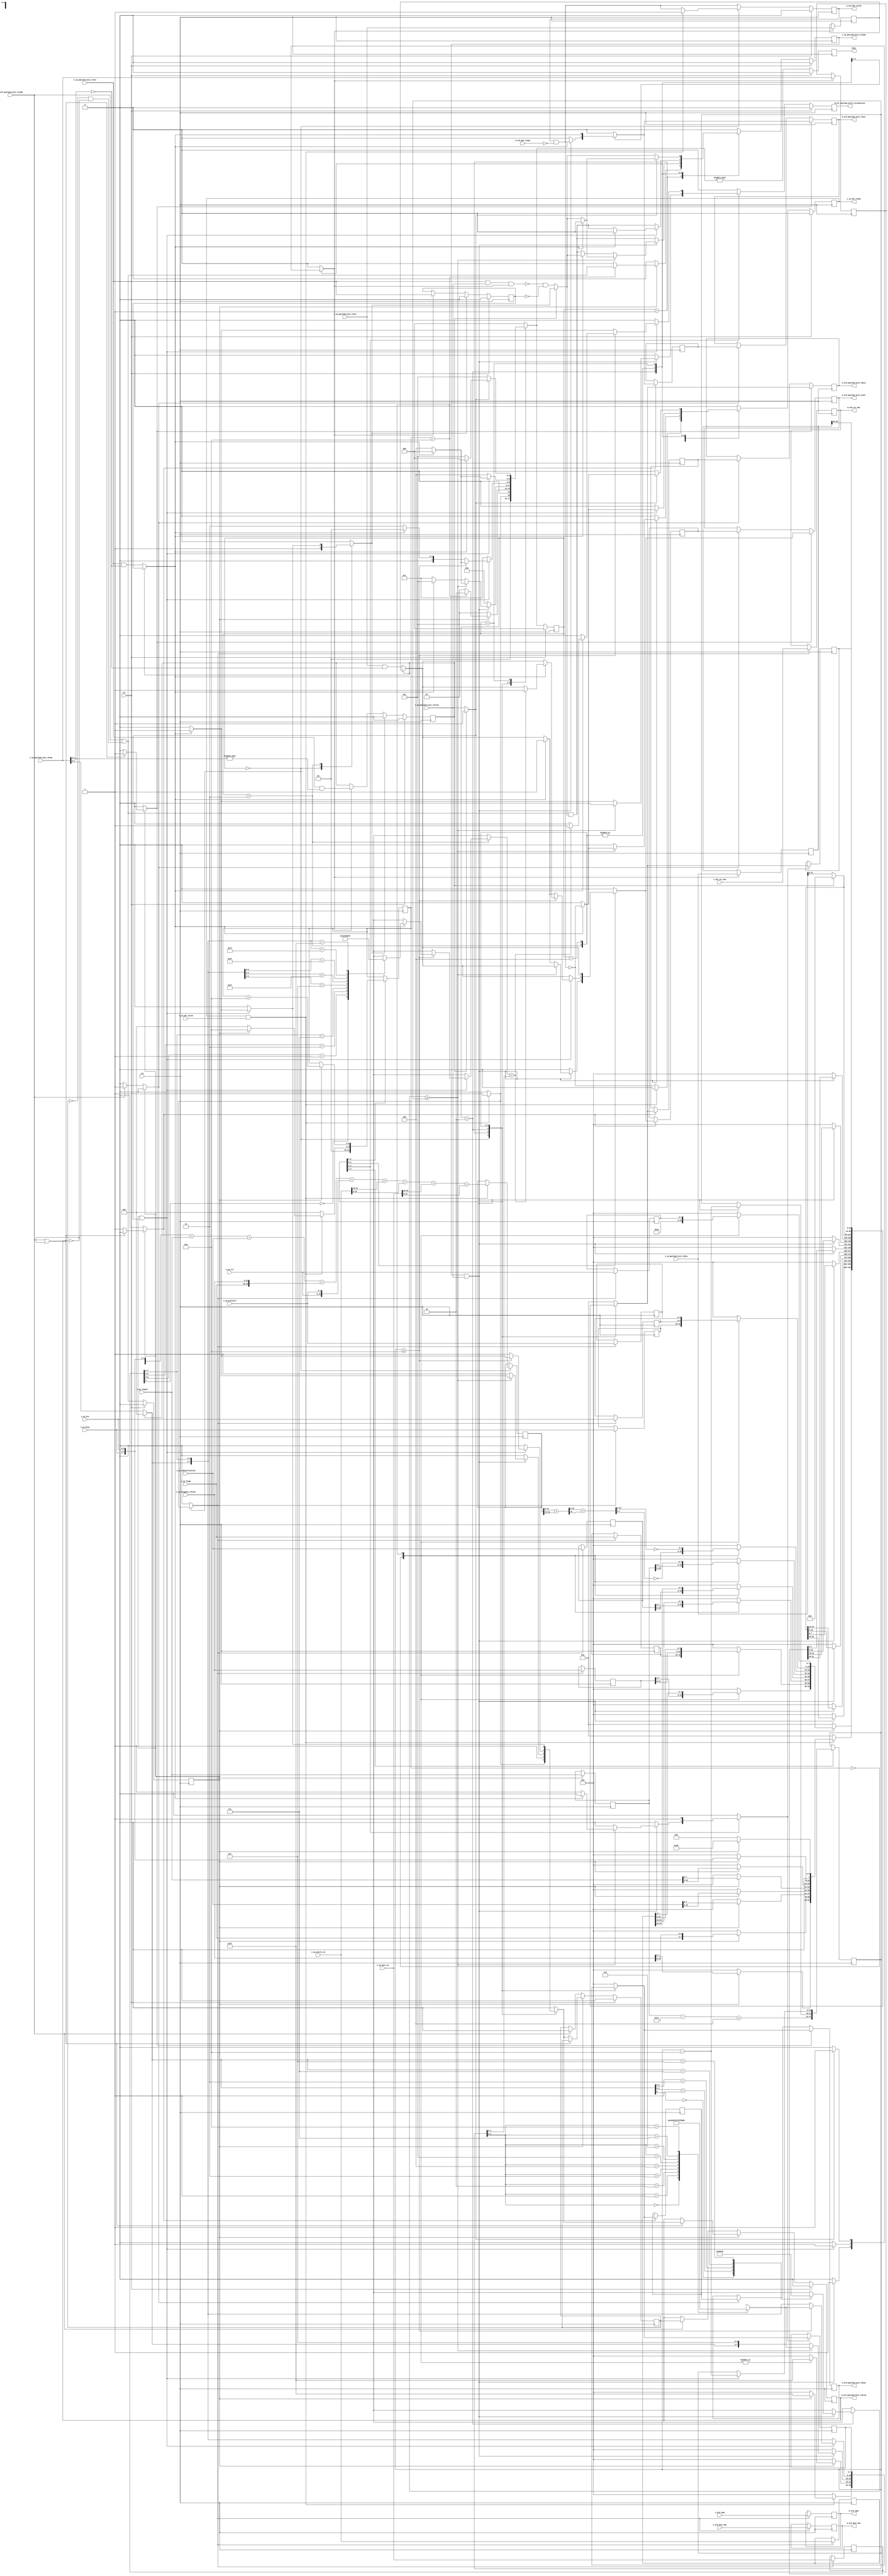
/*

Copyright (c) 2014-2018 Alex Forencich

Permission is hereby granted, free of charge, to any person obtaining a copy
of this software and associated documentation files (the "Software"), to deal
in the Software without restriction, including without limitation the rights
to use, copy, modify, merge, publish, distribute, sublicense, and/or sell
copies of the Software, and to permit persons to whom the Software is
furnished to do so, subject to the following conditions:

The above copyright notice and this permission notice shall be included in
all copies or substantial portions of the Software.

THE SOFTWARE IS PROVIDED "AS IS", WITHOUT WARRANTY OF ANY KIND, EXPRESS OR
IMPLIED, INCLUDING BUT NOT LIMITED TO THE WARRANTIES OF MERCHANTABILITY
FITNESS FOR A PARTICULAR PURPOSE AND NONINFRINGEMENT. IN NO EVENT SHALL THE
AUTHORS OR COPYRIGHT HOLDERS BE LIABLE FOR ANY CLAIM, DAMAGES OR OTHER
LIABILITY, WHETHER IN AN ACTION OF CONTRACT, TORT OR OTHERWISE, ARISING FROM,
OUT OF OR IN CONNECTION WITH THE SOFTWARE OR THE USE OR OTHER DEALINGS IN
THE SOFTWARE.

*/

// Language: Verilog 2001

`resetall
`timescale 1ns / 1ps
`default_nettype none

/*
 * IP ethernet frame transmitter (IP frame in, Ethernet frame out, 64 bit datapath)
 */
module ip_eth_tx_64
(
    input  wire        clk,
    input  wire        rst,

    /*
     * IP frame input
     */
    input  wire        s_ip_hdr_valid,
    output wire        s_ip_hdr_ready,
    input  wire [47:0] s_eth_dest_mac,
    input  wire [47:0] s_eth_src_mac,
    input  wire [15:0] s_eth_type,
    input  wire [5:0]  s_ip_dscp,
    input  wire [1:0]  s_ip_ecn,
    input  wire [15:0] s_ip_length,
    input  wire [15:0] s_ip_identification,
    input  wire [2:0]  s_ip_flags,
    input  wire [12:0] s_ip_fragment_offset,
    input  wire [7:0]  s_ip_ttl,
    input  wire [7:0]  s_ip_protocol,
    input  wire [31:0] s_ip_source_ip,
    input  wire [31:0] s_ip_dest_ip,
    input  wire [63:0] s_ip_payload_axis_tdata,
    input  wire [7:0]  s_ip_payload_axis_tkeep,
    input  wire        s_ip_payload_axis_tvalid,
    output wire        s_ip_payload_axis_tready,
    input  wire        s_ip_payload_axis_tlast,
    input  wire        s_ip_payload_axis_tuser,

    /*
     * Ethernet frame output
     */
    output wire        m_eth_hdr_valid,
    input  wire        m_eth_hdr_ready,
    output wire [47:0] m_eth_dest_mac,
    output wire [47:0] m_eth_src_mac,
    output wire [15:0] m_eth_type,
    output wire [63:0] m_eth_payload_axis_tdata,
    output wire [7:0]  m_eth_payload_axis_tkeep,
    output wire        m_eth_payload_axis_tvalid,
    input  wire        m_eth_payload_axis_tready,
    output wire        m_eth_payload_axis_tlast,
    output wire        m_eth_payload_axis_tuser,

    /*
     * Status signals
     */
    output wire        busy,
    output wire        error_payload_early_termination
);

/*

IP Frame

 Field                       Length
 Destination MAC address     6 octets
 Source MAC address          6 octets
 Ethertype (0x0800)          2 octets
 Version (4)                 4 bits
 IHL (5-15)                  4 bits
 DSCP (0)                    6 bits
 ECN (0)                     2 bits
 length                      2 octets
 identification (0?)         2 octets
 flags (010)                 3 bits
 fragment offset (0)         13 bits
 time to live (64?)          1 octet
 protocol                    1 octet
 header checksum             2 octets
 source IP                   4 octets
 destination IP              4 octets
 options                     (IHL-5)*4 octets
 payload                     length octets

This module receives an IP frame with header fields in parallel along with the
payload in an AXI stream, combines the header with the payload, passes through
the Ethernet headers, and transmits the complete Ethernet payload on an AXI
interface.

*/

localparam [2:0]
    STATE_IDLE = 3'd0,
    STATE_WRITE_HEADER = 3'd1,
    STATE_WRITE_HEADER_LAST = 3'd2,
    STATE_WRITE_PAYLOAD = 3'd3,
    STATE_WRITE_PAYLOAD_LAST = 3'd4,
    STATE_WAIT_LAST = 3'd5;

reg [2:0] state_reg = STATE_IDLE, state_next;

// datapath control signals
reg store_ip_hdr;
reg store_last_word;

reg [5:0] hdr_ptr_reg = 6'd0, hdr_ptr_next;
reg [15:0] word_count_reg = 16'd0, word_count_next;

reg flush_save;
reg transfer_in_save;

reg [19:0] hdr_sum_temp;
reg [19:0] hdr_sum_reg = 20'd0, hdr_sum_next;

reg [63:0] last_word_data_reg = 64'd0;
reg [7:0] last_word_keep_reg = 8'd0;

reg [5:0] ip_dscp_reg = 6'd0;
reg [1:0] ip_ecn_reg = 2'd0;
reg [15:0] ip_length_reg = 16'd0;
reg [15:0] ip_identification_reg = 16'd0;
reg [2:0] ip_flags_reg = 3'd0;
reg [12:0] ip_fragment_offset_reg = 13'd0;
reg [7:0] ip_ttl_reg = 8'd0;
reg [7:0] ip_protocol_reg = 8'd0;
reg [31:0] ip_source_ip_reg = 32'd0;
reg [31:0] ip_dest_ip_reg = 32'd0;

reg s_ip_hdr_ready_reg = 1'b0, s_ip_hdr_ready_next;
reg s_ip_payload_axis_tready_reg = 1'b0, s_ip_payload_axis_tready_next;

reg m_eth_hdr_valid_reg = 1'b0, m_eth_hdr_valid_next;
reg [47:0] m_eth_dest_mac_reg = 48'd0;
reg [47:0] m_eth_src_mac_reg = 48'd0;
reg [15:0] m_eth_type_reg = 16'd0;

reg busy_reg = 1'b0;
reg error_payload_early_termination_reg = 1'b0, error_payload_early_termination_next;

reg [63:0] save_ip_payload_axis_tdata_reg = 64'd0;
reg [7:0] save_ip_payload_axis_tkeep_reg = 8'd0;
reg save_ip_payload_axis_tlast_reg = 1'b0;
reg save_ip_payload_axis_tuser_reg = 1'b0;

reg [63:0] shift_ip_payload_axis_tdata;
reg [7:0] shift_ip_payload_axis_tkeep;
reg shift_ip_payload_axis_tvalid;
reg shift_ip_payload_axis_tlast;
reg shift_ip_payload_axis_tuser;
reg shift_ip_payload_s_tready;
reg shift_ip_payload_extra_cycle_reg = 1'b0;

// internal datapath
reg [63:0] m_eth_payload_axis_tdata_int;
reg [7:0]  m_eth_payload_axis_tkeep_int;
reg        m_eth_payload_axis_tvalid_int;
reg        m_eth_payload_axis_tready_int_reg = 1'b0;
reg        m_eth_payload_axis_tlast_int;
reg        m_eth_payload_axis_tuser_int;
wire       m_eth_payload_axis_tready_int_early;

assign s_ip_hdr_ready = s_ip_hdr_ready_reg;
assign s_ip_payload_axis_tready = s_ip_payload_axis_tready_reg;

assign m_eth_hdr_valid = m_eth_hdr_valid_reg;
assign m_eth_dest_mac = m_eth_dest_mac_reg;
assign m_eth_src_mac = m_eth_src_mac_reg;
assign m_eth_type = m_eth_type_reg;

assign busy = busy_reg;
assign error_payload_early_termination = error_payload_early_termination_reg;

function [3:0] keep2count;
    input [7:0] k;
    casez (k)
        8'bzzzzzzz0: keep2count = 4'd0;
        8'bzzzzzz01: keep2count = 4'd1;
        8'bzzzzz011: keep2count = 4'd2;
        8'bzzzz0111: keep2count = 4'd3;
        8'bzzz01111: keep2count = 4'd4;
        8'bzz011111: keep2count = 4'd5;
        8'bz0111111: keep2count = 4'd6;
        8'b01111111: keep2count = 4'd7;
        8'b11111111: keep2count = 4'd8;
    endcase
endfunction

function [7:0] count2keep;
    input [3:0] k;
    case (k)
        4'd0: count2keep = 8'b00000000;
        4'd1: count2keep = 8'b00000001;
        4'd2: count2keep = 8'b00000011;
        4'd3: count2keep = 8'b00000111;
        4'd4: count2keep = 8'b00001111;
        4'd5: count2keep = 8'b00011111;
        4'd6: count2keep = 8'b00111111;
        4'd7: count2keep = 8'b01111111;
        4'd8: count2keep = 8'b11111111;
    endcase
endfunction

always @* begin
    shift_ip_payload_axis_tdata[31:0] = save_ip_payload_axis_tdata_reg[63:32];
    shift_ip_payload_axis_tkeep[3:0] = save_ip_payload_axis_tkeep_reg[7:4];

    if (shift_ip_payload_extra_cycle_reg) begin
        shift_ip_payload_axis_tdata[63:32] = 32'd0;
        shift_ip_payload_axis_tkeep[7:4] = 4'd0;
        shift_ip_payload_axis_tvalid = 1'b1;
        shift_ip_payload_axis_tlast = save_ip_payload_axis_tlast_reg;
        shift_ip_payload_axis_tuser = save_ip_payload_axis_tuser_reg;
        shift_ip_payload_s_tready = flush_save;
    end else begin
        shift_ip_payload_axis_tdata[63:32] = s_ip_payload_axis_tdata[31:0];
        shift_ip_payload_axis_tkeep[7:4] = s_ip_payload_axis_tkeep[3:0];
        shift_ip_payload_axis_tvalid = s_ip_payload_axis_tvalid;
        shift_ip_payload_axis_tlast = (s_ip_payload_axis_tlast && (s_ip_payload_axis_tkeep[7:4] == 0));
        shift_ip_payload_axis_tuser = (s_ip_payload_axis_tuser && (s_ip_payload_axis_tkeep[7:4] == 0));
        shift_ip_payload_s_tready = !(s_ip_payload_axis_tlast && s_ip_payload_axis_tvalid && transfer_in_save) && !save_ip_payload_axis_tlast_reg;
    end
end

always @* begin
    state_next = STATE_IDLE;

    s_ip_hdr_ready_next = 1'b0;
    s_ip_payload_axis_tready_next = 1'b0;

    store_ip_hdr = 1'b0;

    store_last_word = 1'b0;

    flush_save = 1'b0;
    transfer_in_save = 1'b0;

    hdr_ptr_next = hdr_ptr_reg;
    word_count_next = word_count_reg;

    hdr_sum_temp = 20'd0;
    hdr_sum_next = hdr_sum_reg;

    m_eth_hdr_valid_next = m_eth_hdr_valid_reg && !m_eth_hdr_ready;

    error_payload_early_termination_next = 1'b0;

    m_eth_payload_axis_tdata_int = 1'b0;
    m_eth_payload_axis_tkeep_int = 1'b0;
    m_eth_payload_axis_tvalid_int = 1'b0;
    m_eth_payload_axis_tlast_int = 1'b0;
    m_eth_payload_axis_tuser_int = 1'b0;

    case (state_reg)
        STATE_IDLE: begin
            // idle state - wait for data
            hdr_ptr_next = 6'd0;
            flush_save = 1'b1;
            s_ip_hdr_ready_next = !m_eth_hdr_valid_next;

            if (s_ip_hdr_ready && s_ip_hdr_valid) begin
                store_ip_hdr = 1'b1;
                hdr_sum_next = {4'd4, 4'd5, s_ip_dscp, s_ip_ecn} +
                               s_ip_length +
                               s_ip_identification +
                               {s_ip_flags, s_ip_fragment_offset} +
                               {s_ip_ttl, s_ip_protocol} +
                               s_ip_source_ip[31:16] +
                               s_ip_source_ip[15: 0] +
                               s_ip_dest_ip[31:16] +
                               s_ip_dest_ip[15: 0];
                s_ip_hdr_ready_next = 1'b0;
                m_eth_hdr_valid_next = 1'b1;
                if (m_eth_payload_axis_tready_int_reg) begin
                    m_eth_payload_axis_tvalid_int = 1'b1;
                    m_eth_payload_axis_tdata_int[ 7: 0] = {4'd4, 4'd5}; // ip_version, ip_ihl
                    m_eth_payload_axis_tdata_int[15: 8] = {s_ip_dscp, s_ip_ecn};
                    m_eth_payload_axis_tdata_int[23:16] = s_ip_length[15: 8];
                    m_eth_payload_axis_tdata_int[31:24] = s_ip_length[ 7: 0];
                    m_eth_payload_axis_tdata_int[39:32] = s_ip_identification[15: 8];
                    m_eth_payload_axis_tdata_int[47:40] = s_ip_identification[ 7: 0];
                    m_eth_payload_axis_tdata_int[55:48] = {s_ip_flags, s_ip_fragment_offset[12: 8]};
                    m_eth_payload_axis_tdata_int[63:56] = s_ip_fragment_offset[ 7: 0];
                    m_eth_payload_axis_tkeep_int = 8'hff;
                    hdr_ptr_next = 6'd8;
                end
                state_next = STATE_WRITE_HEADER;
            end else begin
                state_next = STATE_IDLE;
            end
        end
        STATE_WRITE_HEADER: begin
            // write header
            word_count_next = ip_length_reg - 5*4 + 4;

            if (m_eth_payload_axis_tready_int_reg) begin
                hdr_ptr_next = hdr_ptr_reg + 6'd8;
                m_eth_payload_axis_tvalid_int = 1'b1;
                state_next = STATE_WRITE_HEADER;
                case (hdr_ptr_reg)
                    6'h00: begin
                        m_eth_payload_axis_tdata_int[ 7: 0] = {4'd4, 4'd5}; // ip_version, ip_ihl
                        m_eth_payload_axis_tdata_int[15: 8] = {ip_dscp_reg, ip_ecn_reg};
                        m_eth_payload_axis_tdata_int[23:16] = ip_length_reg[15: 8];
                        m_eth_payload_axis_tdata_int[31:24] = ip_length_reg[ 7: 0];
                        m_eth_payload_axis_tdata_int[39:32] = ip_identification_reg[15: 8];
                        m_eth_payload_axis_tdata_int[47:40] = ip_identification_reg[ 7: 0];
                        m_eth_payload_axis_tdata_int[55:48] = {ip_flags_reg, ip_fragment_offset_reg[12: 8]};
                        m_eth_payload_axis_tdata_int[63:56] = ip_fragment_offset_reg[ 7: 0];
                        m_eth_payload_axis_tkeep_int = 8'hff;
                    end
                    6'h08: begin
                        hdr_sum_temp = hdr_sum_reg[15:0] + hdr_sum_reg[19:16];
                        hdr_sum_temp = hdr_sum_temp[15:0] + hdr_sum_temp[16];
                        m_eth_payload_axis_tdata_int[ 7: 0] = ip_ttl_reg;
                        m_eth_payload_axis_tdata_int[15: 8] = ip_protocol_reg;
                        m_eth_payload_axis_tdata_int[23:16] = ~hdr_sum_temp[15: 8];
                        m_eth_payload_axis_tdata_int[31:24] = ~hdr_sum_temp[ 7: 0];
                        m_eth_payload_axis_tdata_int[39:32] = ip_source_ip_reg[31:24];
                        m_eth_payload_axis_tdata_int[47:40] = ip_source_ip_reg[23:16];
                        m_eth_payload_axis_tdata_int[55:48] = ip_source_ip_reg[15: 8];
                        m_eth_payload_axis_tdata_int[63:56] = ip_source_ip_reg[ 7: 0];
                        m_eth_payload_axis_tkeep_int = 8'hff;
                        s_ip_payload_axis_tready_next = m_eth_payload_axis_tready_int_early;
                        state_next = STATE_WRITE_HEADER_LAST;
                    end
                endcase
            end else begin
                state_next = STATE_WRITE_HEADER;
            end
        end
        STATE_WRITE_HEADER_LAST: begin
            // last header word requires first payload word; process accordingly
            s_ip_payload_axis_tready_next = m_eth_payload_axis_tready_int_early && shift_ip_payload_s_tready;

            if (s_ip_payload_axis_tready && s_ip_payload_axis_tvalid) begin
                m_eth_payload_axis_tvalid_int = 1'b1;
                transfer_in_save = 1'b1;

                m_eth_payload_axis_tdata_int[ 7: 0] = ip_dest_ip_reg[31:24];
                m_eth_payload_axis_tdata_int[15: 8] = ip_dest_ip_reg[23:16];
                m_eth_payload_axis_tdata_int[23:16] = ip_dest_ip_reg[15: 8];
                m_eth_payload_axis_tdata_int[31:24] = ip_dest_ip_reg[ 7: 0];
                m_eth_payload_axis_tdata_int[39:32] = shift_ip_payload_axis_tdata[39:32];
                m_eth_payload_axis_tdata_int[47:40] = shift_ip_payload_axis_tdata[47:40];
                m_eth_payload_axis_tdata_int[55:48] = shift_ip_payload_axis_tdata[55:48];
                m_eth_payload_axis_tdata_int[63:56] = shift_ip_payload_axis_tdata[63:56];
                m_eth_payload_axis_tkeep_int = {shift_ip_payload_axis_tkeep[7:4], 4'hF};
                m_eth_payload_axis_tlast_int = shift_ip_payload_axis_tlast;
                m_eth_payload_axis_tuser_int = shift_ip_payload_axis_tuser;
                word_count_next = word_count_reg - 16'd8;

                if (keep2count(m_eth_payload_axis_tkeep_int) >= word_count_reg) begin
                    // have entire payload
                    m_eth_payload_axis_tkeep_int = count2keep(word_count_reg);
                    if (shift_ip_payload_axis_tlast) begin
                        s_ip_hdr_ready_next = !m_eth_hdr_valid_next;
                        s_ip_payload_axis_tready_next = 1'b0;
                        state_next = STATE_IDLE;
                    end else begin
                        store_last_word = 1'b1;
                        s_ip_payload_axis_tready_next = shift_ip_payload_s_tready;
                        m_eth_payload_axis_tvalid_int = 1'b0;
                        state_next = STATE_WRITE_PAYLOAD_LAST;
                    end
                end else begin
                    if (shift_ip_payload_axis_tlast) begin
                        // end of frame, but length does not match
                        error_payload_early_termination_next = 1'b1;
                        s_ip_payload_axis_tready_next = shift_ip_payload_s_tready;
                        m_eth_payload_axis_tuser_int = 1'b1;
                        state_next = STATE_WAIT_LAST;
                    end else begin
                        state_next = STATE_WRITE_PAYLOAD;
                    end
                end
            end else begin
                state_next = STATE_WRITE_HEADER_LAST;
            end
        end
        STATE_WRITE_PAYLOAD: begin
            // write payload
            s_ip_payload_axis_tready_next = m_eth_payload_axis_tready_int_early && shift_ip_payload_s_tready;

            m_eth_payload_axis_tdata_int = shift_ip_payload_axis_tdata;
            m_eth_payload_axis_tkeep_int = shift_ip_payload_axis_tkeep;
            m_eth_payload_axis_tlast_int = shift_ip_payload_axis_tlast;
            m_eth_payload_axis_tuser_int = shift_ip_payload_axis_tuser;

            store_last_word = 1'b1;

            if (m_eth_payload_axis_tready_int_reg && shift_ip_payload_axis_tvalid) begin
                // word transfer through
                word_count_next = word_count_reg - 16'd8;
                transfer_in_save = 1'b1;
                m_eth_payload_axis_tvalid_int = 1'b1;
                if (word_count_reg <= 8) begin
                    // have entire payload
                    m_eth_payload_axis_tkeep_int = count2keep(word_count_reg);
                    if (shift_ip_payload_axis_tlast) begin
                        if (keep2count(shift_ip_payload_axis_tkeep) < word_count_reg[4:0]) begin
                            // end of frame, but length does not match
                            error_payload_early_termination_next = 1'b1;
                            m_eth_payload_axis_tuser_int = 1'b1;
                        end
                        s_ip_payload_axis_tready_next = 1'b0;
                        flush_save = 1'b1;
                        s_ip_hdr_ready_next = !m_eth_hdr_valid_next;
                        state_next = STATE_IDLE;
                    end else begin
                        m_eth_payload_axis_tvalid_int = 1'b0;
                        state_next = STATE_WRITE_PAYLOAD_LAST;
                    end
                end else begin
                    if (shift_ip_payload_axis_tlast) begin
                        // end of frame, but length does not match
                        error_payload_early_termination_next = 1'b1;
                        m_eth_payload_axis_tuser_int = 1'b1;
                        s_ip_payload_axis_tready_next = 1'b0;
                        flush_save = 1'b1;
                        s_ip_hdr_ready_next = !m_eth_hdr_valid_next;
                        state_next = STATE_IDLE;
                    end else begin
                        state_next = STATE_WRITE_PAYLOAD;
                    end
                end
            end else begin
                state_next = STATE_WRITE_PAYLOAD;
            end
        end
        STATE_WRITE_PAYLOAD_LAST: begin
            // read and discard until end of frame
            s_ip_payload_axis_tready_next = m_eth_payload_axis_tready_int_early && shift_ip_payload_s_tready;

            m_eth_payload_axis_tdata_int = last_word_data_reg;
            m_eth_payload_axis_tkeep_int = last_word_keep_reg;
            m_eth_payload_axis_tlast_int = shift_ip_payload_axis_tlast;
            m_eth_payload_axis_tuser_int = shift_ip_payload_axis_tuser;

            if (m_eth_payload_axis_tready_int_reg && shift_ip_payload_axis_tvalid) begin
                transfer_in_save = 1'b1;
                if (shift_ip_payload_axis_tlast) begin
                    s_ip_hdr_ready_next = !m_eth_hdr_valid_next;
                    s_ip_payload_axis_tready_next = 1'b0;
                    m_eth_payload_axis_tvalid_int = 1'b1;
                    state_next = STATE_IDLE;
                end else begin
                    state_next = STATE_WRITE_PAYLOAD_LAST;
                end
            end else begin
                state_next = STATE_WRITE_PAYLOAD_LAST;
            end
        end
        STATE_WAIT_LAST: begin
            // read and discard until end of frame
            s_ip_payload_axis_tready_next = shift_ip_payload_s_tready;

            if (shift_ip_payload_axis_tvalid) begin
                transfer_in_save = 1'b1;
                if (shift_ip_payload_axis_tlast) begin
                    s_ip_hdr_ready_next = !m_eth_hdr_valid_next;
                    s_ip_payload_axis_tready_next = 1'b0;
                    state_next = STATE_IDLE;
                end else begin
                    state_next = STATE_WAIT_LAST;
                end
            end else begin
                state_next = STATE_WAIT_LAST;
            end
        end
    endcase
end

always @(posedge clk) begin
    if (rst) begin
        state_reg <= STATE_IDLE;
        s_ip_hdr_ready_reg <= 1'b0;
        s_ip_payload_axis_tready_reg <= 1'b0;
        m_eth_hdr_valid_reg <= 1'b0;
        save_ip_payload_axis_tlast_reg <= 1'b0;
        shift_ip_payload_extra_cycle_reg <= 1'b0;
        busy_reg <= 1'b0;
        error_payload_early_termination_reg <= 1'b0;
    end else begin
        state_reg <= state_next;

        s_ip_hdr_ready_reg <= s_ip_hdr_ready_next;
        s_ip_payload_axis_tready_reg <= s_ip_payload_axis_tready_next;

        m_eth_hdr_valid_reg <= m_eth_hdr_valid_next;

        busy_reg <= state_next != STATE_IDLE;

        error_payload_early_termination_reg <= error_payload_early_termination_next;

        if (flush_save) begin
            save_ip_payload_axis_tlast_reg <= 1'b0;
            shift_ip_payload_extra_cycle_reg <= 1'b0;
        end else if (transfer_in_save) begin
            save_ip_payload_axis_tlast_reg <= s_ip_payload_axis_tlast;
            shift_ip_payload_extra_cycle_reg <= s_ip_payload_axis_tlast && (s_ip_payload_axis_tkeep[7:4] != 0);
        end
    end

    hdr_ptr_reg <= hdr_ptr_next;
    word_count_reg <= word_count_next;

    hdr_sum_reg <= hdr_sum_next;

    // datapath
    if (store_ip_hdr) begin
        m_eth_dest_mac_reg <= s_eth_dest_mac;
        m_eth_src_mac_reg <= s_eth_src_mac;
        m_eth_type_reg <= s_eth_type;
        ip_dscp_reg <= s_ip_dscp;
        ip_ecn_reg <= s_ip_ecn;
        ip_length_reg <= s_ip_length;
        ip_identification_reg <= s_ip_identification;
        ip_flags_reg <= s_ip_flags;
        ip_fragment_offset_reg <= s_ip_fragment_offset;
        ip_ttl_reg <= s_ip_ttl;
        ip_protocol_reg <= s_ip_protocol;
        ip_source_ip_reg <= s_ip_source_ip;
        ip_dest_ip_reg <= s_ip_dest_ip;
    end

    if (store_last_word) begin
        last_word_data_reg <= m_eth_payload_axis_tdata_int;
        last_word_keep_reg <= m_eth_payload_axis_tkeep_int;
    end

    if (transfer_in_save) begin
        save_ip_payload_axis_tdata_reg <= s_ip_payload_axis_tdata;
        save_ip_payload_axis_tkeep_reg <= s_ip_payload_axis_tkeep;
        save_ip_payload_axis_tuser_reg <= s_ip_payload_axis_tuser;
    end
end

// output datapath logic
reg [63:0] m_eth_payload_axis_tdata_reg = 64'd0;
reg [7:0]  m_eth_payload_axis_tkeep_reg = 8'd0;
reg        m_eth_payload_axis_tvalid_reg = 1'b0, m_eth_payload_axis_tvalid_next;
reg        m_eth_payload_axis_tlast_reg = 1'b0;
reg        m_eth_payload_axis_tuser_reg = 1'b0;

reg [63:0] temp_m_eth_payload_axis_tdata_reg = 64'd0;
reg [7:0]  temp_m_eth_payload_axis_tkeep_reg = 8'd0;
reg        temp_m_eth_payload_axis_tvalid_reg = 1'b0, temp_m_eth_payload_axis_tvalid_next;
reg        temp_m_eth_payload_axis_tlast_reg = 1'b0;
reg        temp_m_eth_payload_axis_tuser_reg = 1'b0;

// datapath control
reg store_eth_payload_int_to_output;
reg store_eth_payload_int_to_temp;
reg store_eth_payload_axis_temp_to_output;

assign m_eth_payload_axis_tdata = m_eth_payload_axis_tdata_reg;
assign m_eth_payload_axis_tkeep = m_eth_payload_axis_tkeep_reg;
assign m_eth_payload_axis_tvalid = m_eth_payload_axis_tvalid_reg;
assign m_eth_payload_axis_tlast = m_eth_payload_axis_tlast_reg;
assign m_eth_payload_axis_tuser = m_eth_payload_axis_tuser_reg;

// enable ready input next cycle if output is ready or if both output registers are empty
assign m_eth_payload_axis_tready_int_early = m_eth_payload_axis_tready || (!temp_m_eth_payload_axis_tvalid_reg && !m_eth_payload_axis_tvalid_reg);

always @* begin
    // transfer sink ready state to source
    m_eth_payload_axis_tvalid_next = m_eth_payload_axis_tvalid_reg;
    temp_m_eth_payload_axis_tvalid_next = temp_m_eth_payload_axis_tvalid_reg;

    store_eth_payload_int_to_output = 1'b0;
    store_eth_payload_int_to_temp = 1'b0;
    store_eth_payload_axis_temp_to_output = 1'b0;
    
    if (m_eth_payload_axis_tready_int_reg) begin
        // input is ready
        if (m_eth_payload_axis_tready | !m_eth_payload_axis_tvalid_reg) begin
            // output is ready or currently not valid, transfer data to output
            m_eth_payload_axis_tvalid_next = m_eth_payload_axis_tvalid_int;
            store_eth_payload_int_to_output = 1'b1;
        end else begin
            // output is not ready, store input in temp
            temp_m_eth_payload_axis_tvalid_next = m_eth_payload_axis_tvalid_int;
            store_eth_payload_int_to_temp = 1'b1;
        end
    end else if (m_eth_payload_axis_tready) begin
        // input is not ready, but output is ready
        m_eth_payload_axis_tvalid_next = temp_m_eth_payload_axis_tvalid_reg;
        temp_m_eth_payload_axis_tvalid_next = 1'b0;
        store_eth_payload_axis_temp_to_output = 1'b1;
    end
end

always @(posedge clk) begin
    m_eth_payload_axis_tvalid_reg <= m_eth_payload_axis_tvalid_next;
    m_eth_payload_axis_tready_int_reg <= m_eth_payload_axis_tready_int_early;
    temp_m_eth_payload_axis_tvalid_reg <= temp_m_eth_payload_axis_tvalid_next;

    // datapath
    if (store_eth_payload_int_to_output) begin
        m_eth_payload_axis_tdata_reg <= m_eth_payload_axis_tdata_int;
        m_eth_payload_axis_tkeep_reg <= m_eth_payload_axis_tkeep_int;
        m_eth_payload_axis_tlast_reg <= m_eth_payload_axis_tlast_int;
        m_eth_payload_axis_tuser_reg <= m_eth_payload_axis_tuser_int;
    end else if (store_eth_payload_axis_temp_to_output) begin
        m_eth_payload_axis_tdata_reg <= temp_m_eth_payload_axis_tdata_reg;
        m_eth_payload_axis_tkeep_reg <= temp_m_eth_payload_axis_tkeep_reg;
        m_eth_payload_axis_tlast_reg <= temp_m_eth_payload_axis_tlast_reg;
        m_eth_payload_axis_tuser_reg <= temp_m_eth_payload_axis_tuser_reg;
    end

    if (store_eth_payload_int_to_temp) begin
        temp_m_eth_payload_axis_tdata_reg <= m_eth_payload_axis_tdata_int;
        temp_m_eth_payload_axis_tkeep_reg <= m_eth_payload_axis_tkeep_int;
        temp_m_eth_payload_axis_tlast_reg <= m_eth_payload_axis_tlast_int;
        temp_m_eth_payload_axis_tuser_reg <= m_eth_payload_axis_tuser_int;
    end

    if (rst) begin
        m_eth_payload_axis_tvalid_reg <= 1'b0;
        m_eth_payload_axis_tready_int_reg <= 1'b0;
        temp_m_eth_payload_axis_tvalid_reg <= 1'b0;
    end
end

endmodule

`resetall